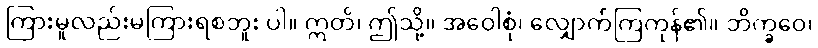
ကြားမူလည်းမကြားရစဘူး ပါ။ ဣတိ၊ ဤသို့။ အဝေါစုံ၊ လျှောက်ကြကုန်၏။ ဘိက္ခဝေ၊